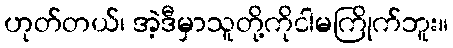
ဟုတ်တယ်၊ အဲ့ဒီမှာသူတို့ကိုငါမကြိုက်ဘူး။